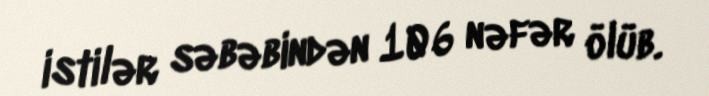
istilər səbəbindən 106 nəfər ölüb.